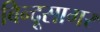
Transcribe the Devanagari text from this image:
बिन्दूसागर